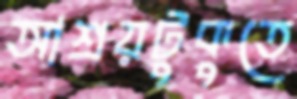
আশ্রয়টুকুতে